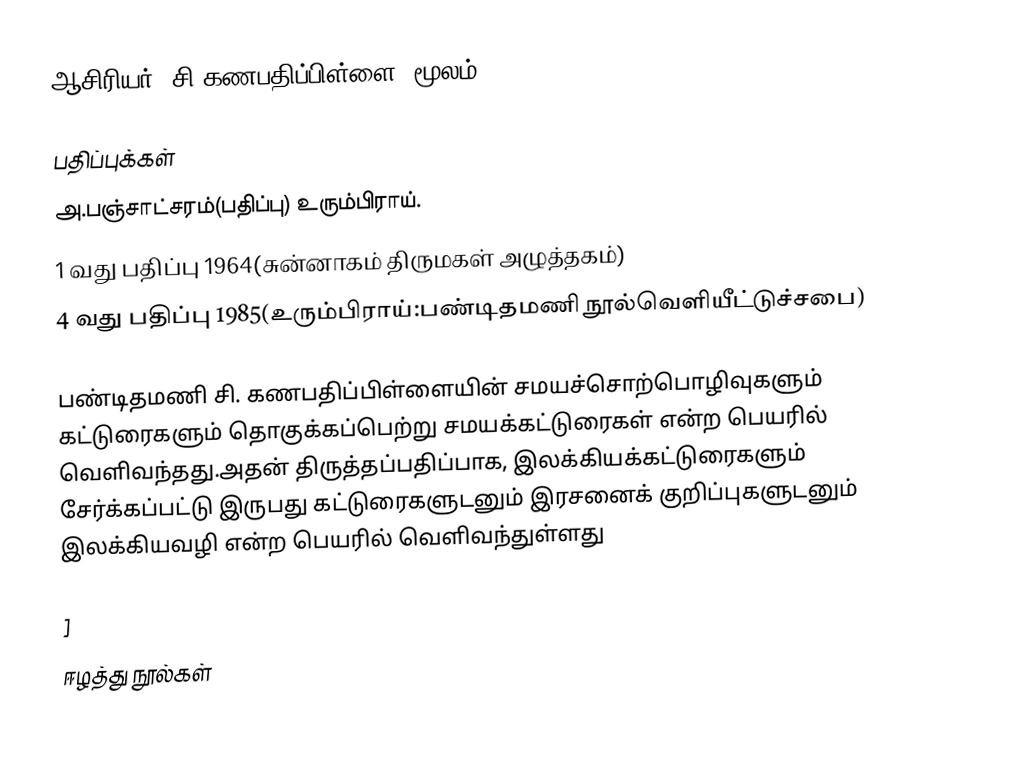
ஆசிரியர்: சி.கணபதிப்பிள்ளை (மூலம்)

பதிப்புக்கள்
அ.பஞ்சாட்சரம்(பதிப்பு) உரும்பிராய்.
1 வது பதிப்பு 1964(சுன்னாகம் திருமகள் அழுத்தகம்)
4 வது பதிப்பு 1985(உரும்பிராய்:பண்டிதமணி நூல்வெளியீட்டுச்சபை)

பண்டிதமணி சி. கணபதிப்பிள்ளையின் சமயச்சொற்பொழிவுகளும் கட்டுரைகளும் தொகுக்கப்பெற்று சமயக்கட்டுரைகள் என்ற பெயரில் வெளிவந்தது.அதன் திருத்தப்பதிப்பாக, இலக்கியக்கட்டுரைகளும் சேர்க்கப்பட்டு இருபது கட்டுரைகளுடனும் இரசனைக் குறிப்புகளுடனும் இலக்கியவழி என்ற பெயரில் வெளிவந்துள்ளது

]
ஈழத்து நூல்கள்